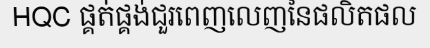
HQC ផ្គត់ផ្គង់ជួរពេញលេញនៃផលិតផល